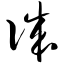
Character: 诚